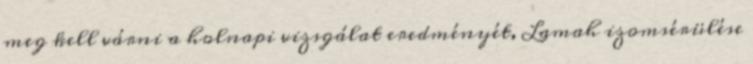
meg kell várni a holnapi vizsgálat eredményét, Lamah izomsérülése